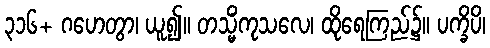
၃၁၆+ ဂဟေတွာ၊ ယူ၍။ တသ္မိံကုသလေ၊ ထိုရေကြည်၌။ ပက္ခိပိ၊